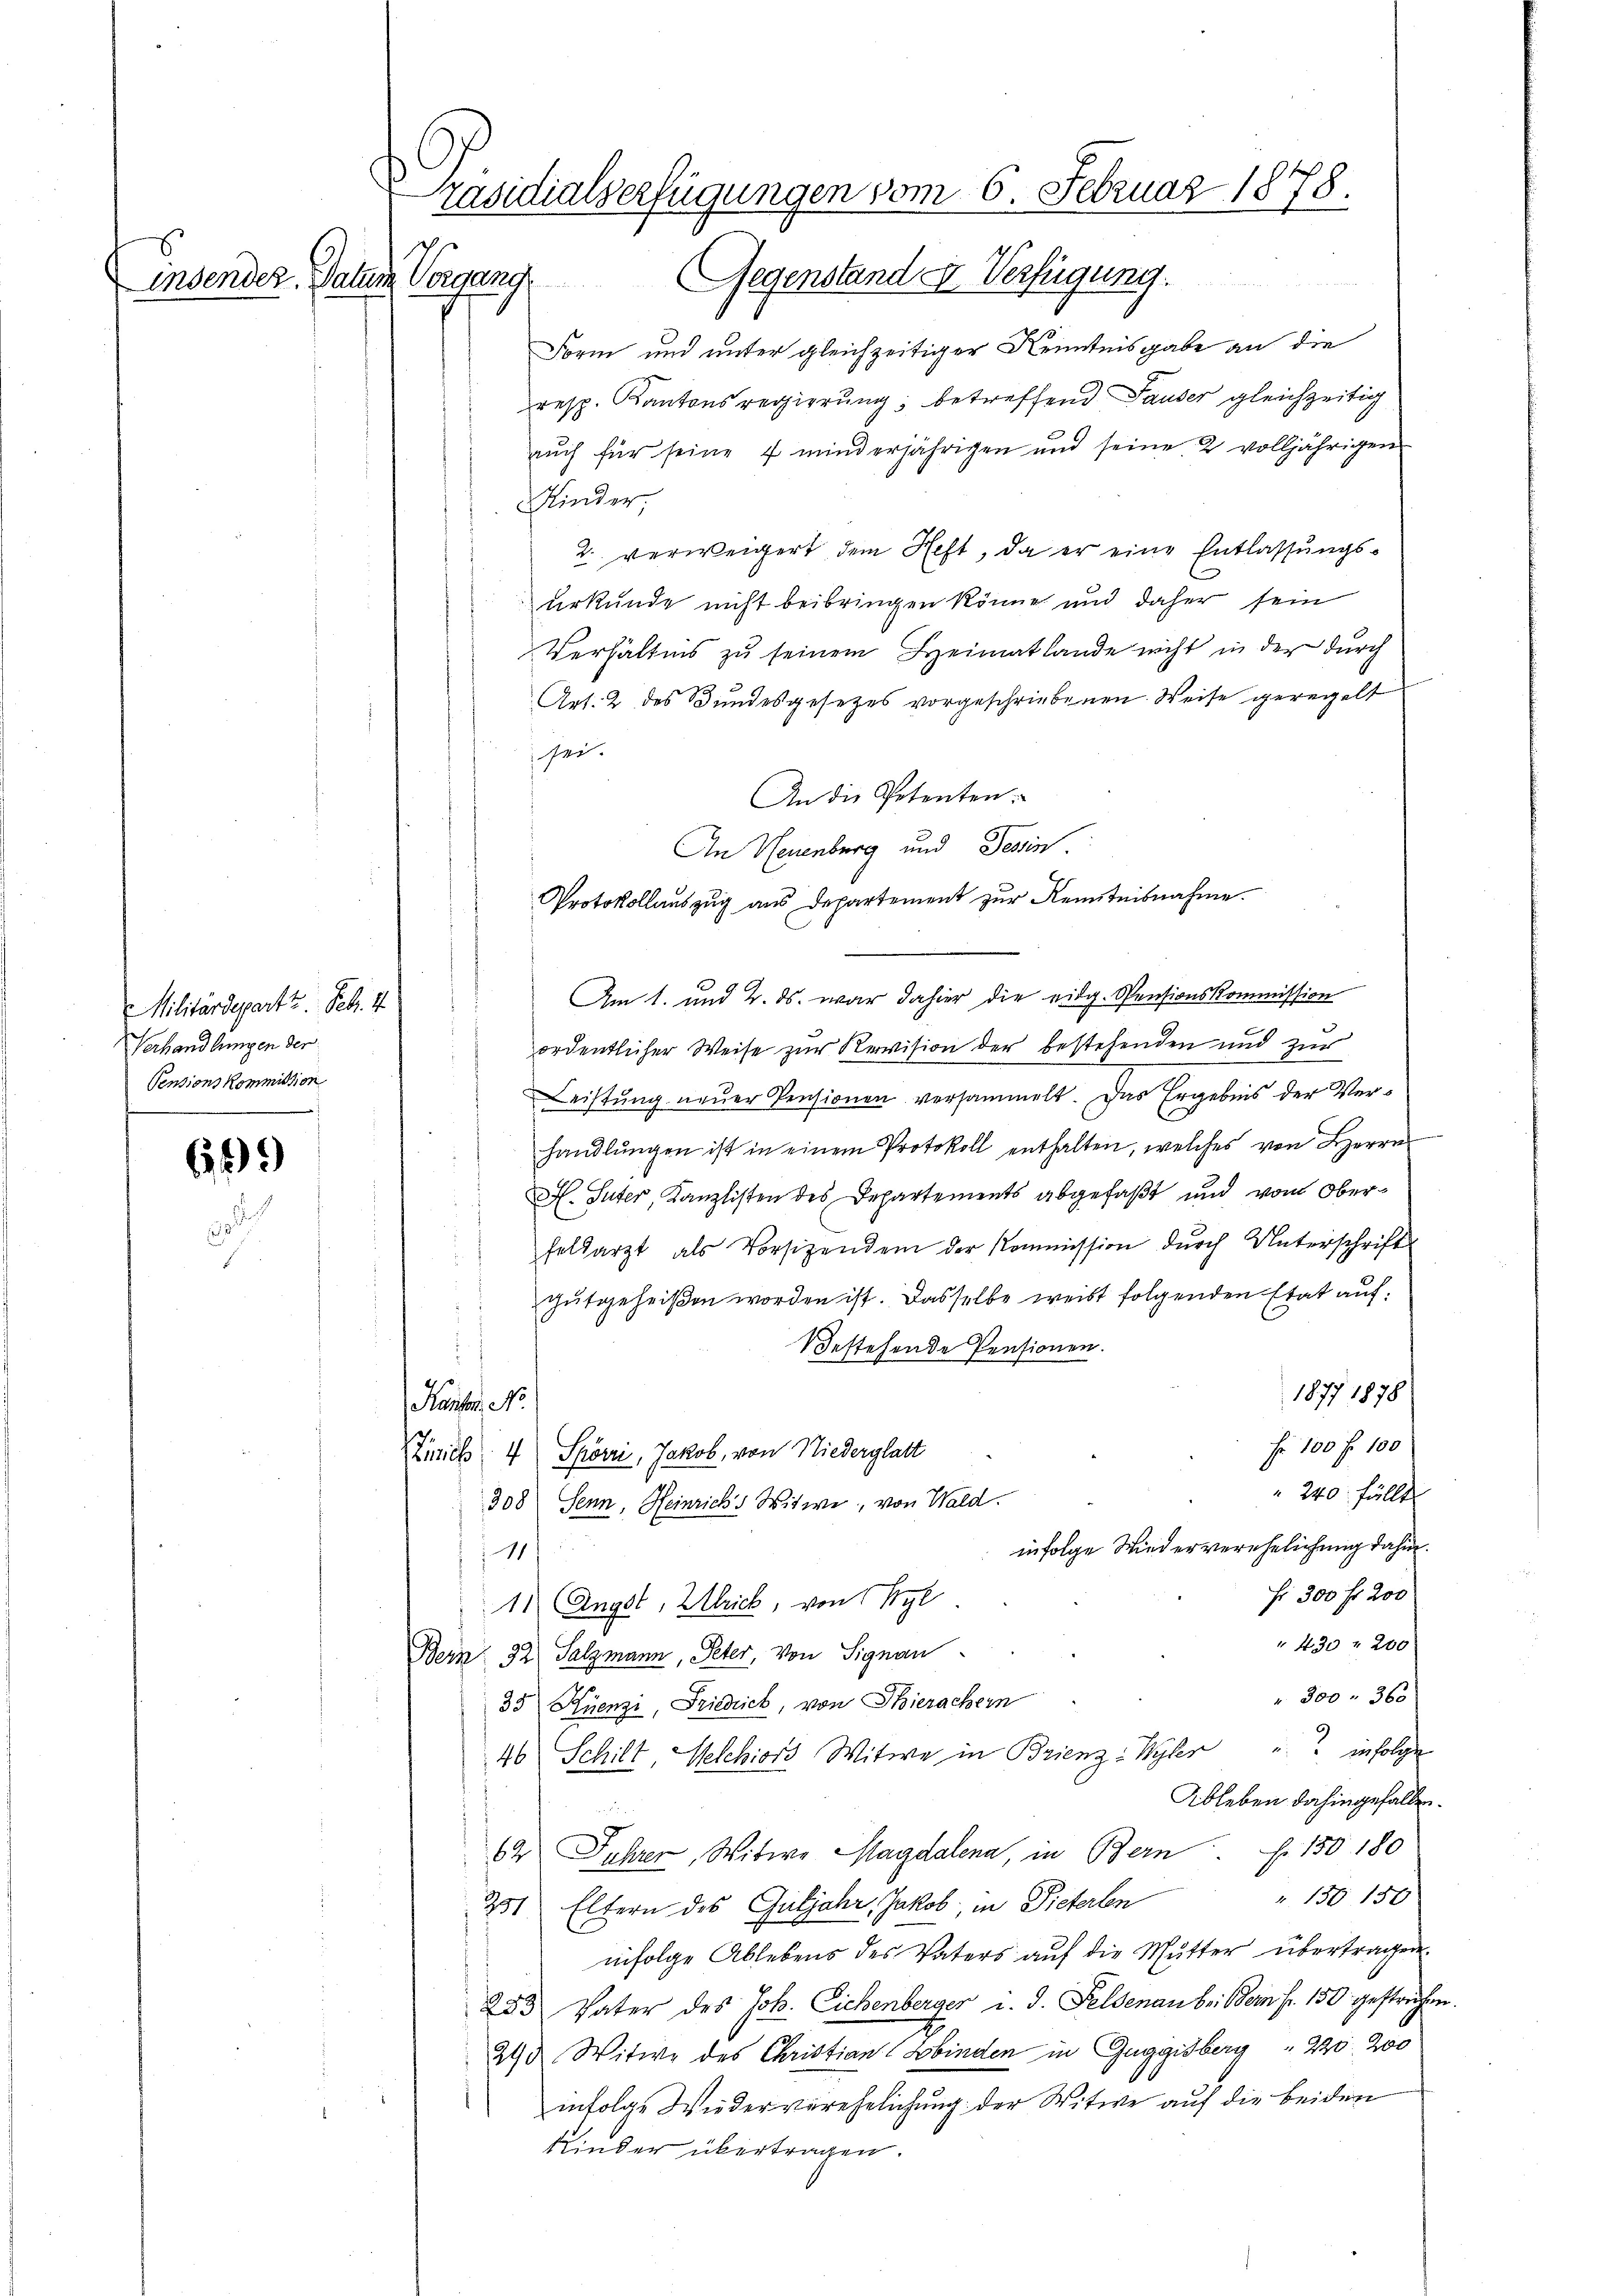
insendes Datum

Militärdepart z. Febr. 1
Verhandlungen der
Pensions Kommission

639

Präsidialverfügungen vom 6. Februar 1878.
Vorgang. Gegenstand I. Verfügung.

Form und unter gleichzeitiger Kenntnisgabe an die
resp. Kantonsregierung; betreffend Tauser gleichzeitig
aŭch für seine 4 minderjährigen und seine 2 volljährigen
Kinder,
2. verweigert, dem Heft, da er eine Entlassungsurkunde nicht beibringen könne und daher sein
Verhältnis zŭ seinem Heimatlande nicht in der durch
Art. 2 des Bundesgesetzes vorgeschriebenen Weise geregelt
sei.
An die Petenten.
An Neuenburg und Tessin.
Protokollauszug aus Departement zur Kenntnisnahme.
Am 1. und 2. ds. war dahier die eidg. Pensionskommission
ordentlicher Weise zur Revision der bestehenden und zur
Leistung neuer Pensionen versammelt. Das Ergebnis der Verhandlungen ist in einem Protokoll enthalten, welches von Herrn
M. Suter, Kanzlisten des Departements abgefaßt und vom Oberfeldarzt als Vorsizendem der Kommission durch Unterschrift
gutgeheißen worden ist. Dasselbe weist folgenden Etat auf¬
Bestehende Pensionen.
1877 1878
Raute No
Fr. 100 fr. 100
Zirich 4 Spörri, Jakob, von Niederglatt
240 fällt
308 Senn, Heinrich's Witwe, von Wald.
infolge Wiederverehelichung dahin.
1
Fr. 300 fr. 200
11 Angst, Ulrich, von Styl
" 430 " 200
Bern 32 Salzmann, Peter, von Signau.
" 300. 363
33 Küenzi, Friedrich, von Thierachern
46 Schilt Welchiors Witwe in Brienz-Wyler " infolge
Ableben dahingefallen.

62 Jahrer Witwe Magdalena, in Bern . . 150 180
" 130 150
231 Eltern des Gutjahr, Jakob, in Pieterlen
infolge Ablebens des Vaters auf die Mutter übertragen.
253 Vater des Joh. Eichenberger u. d. Feldenau bei Bern fr. 150 gestrechen.
24d Witwe des Christian (Bbinden in Guggisberg  220. 200
infolge Wiederverehelichung der Witwe auf die beiden
Kinder übertragen.